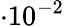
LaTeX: \cdot 10^{-2}